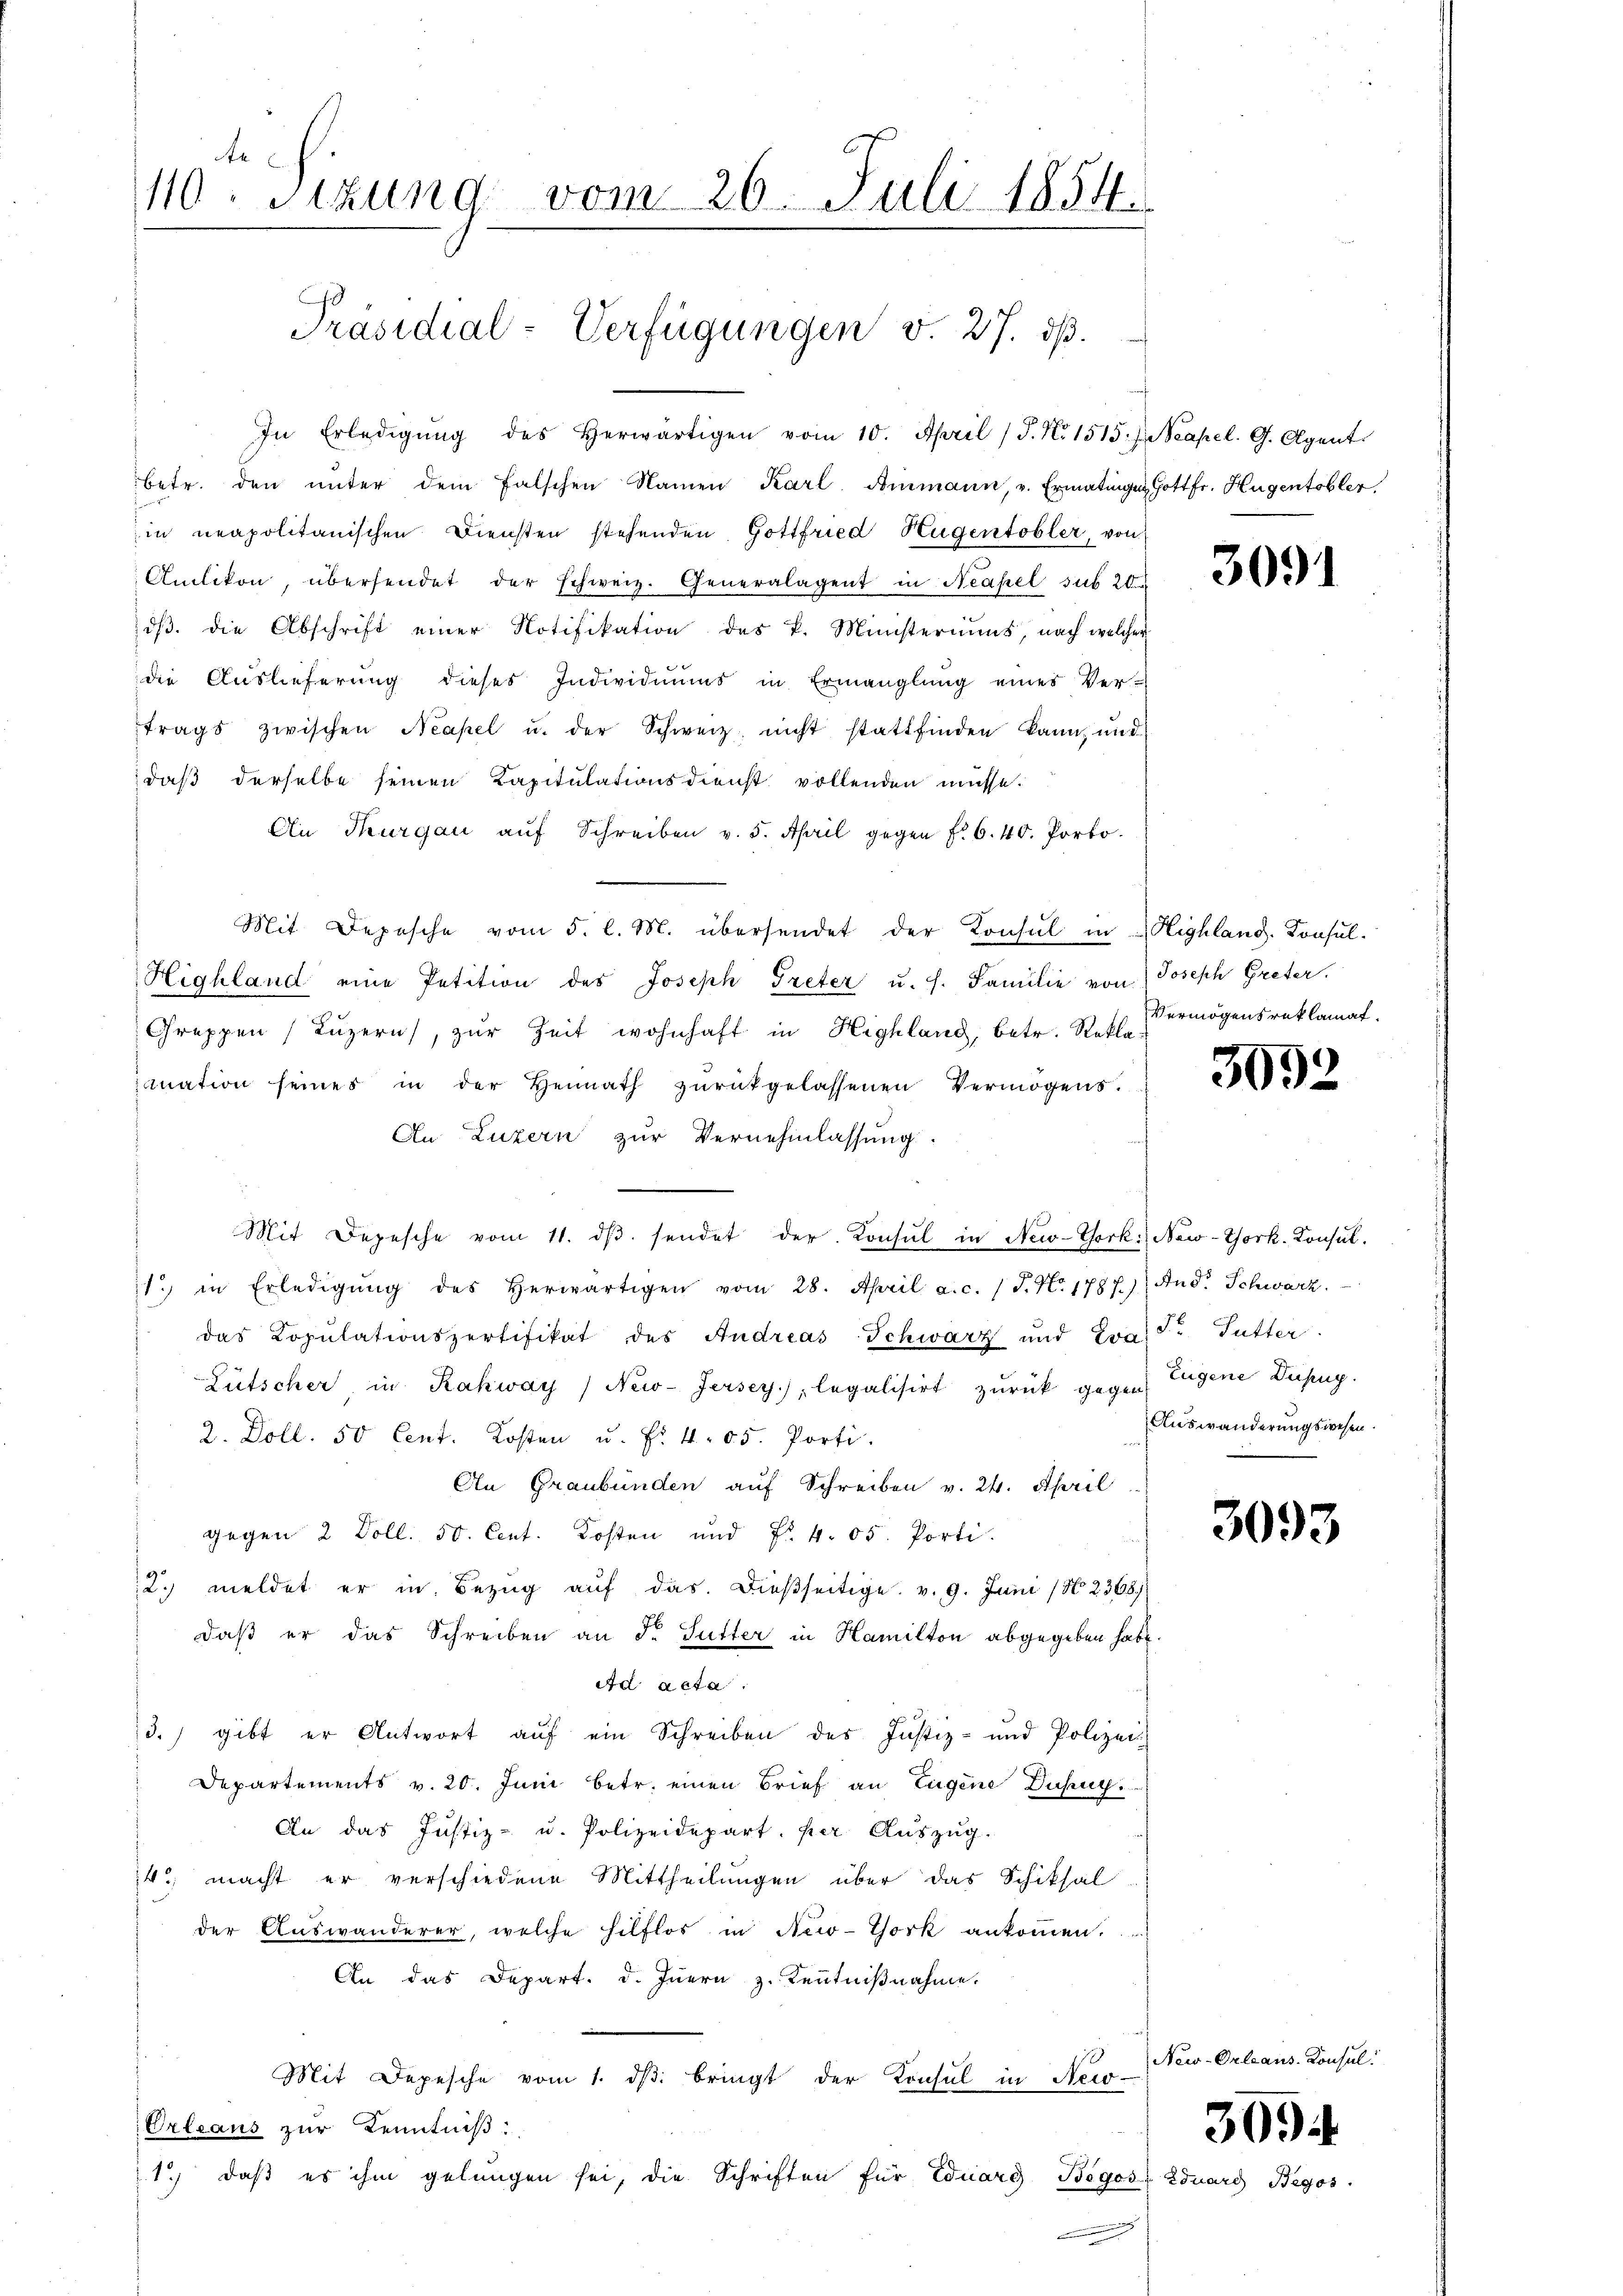
110. Sitzung vom 26. Juli 1854.
Präsidial-Verfügungen v. 27. ds.

In Erledigŭng des herwärtigen vom 10. April (T. N. 1515. J. Neapel. G. Agent
betr. den ŭnter dem falschen Namen Karl Ammann, v. Ermatingen Gottfr. Hugentobler,
in neapolitanischen Diensten stehenden Gottfried Hugentobler, von
Antikon, übersendet der schweiz. Generalagent in Neapel sub 20
dβ. die Abschrift einer Notifikation des k. Ministeriums, nach welcher
die Auslieferung dieses Individuums in Ermanglung eines Ver-
trags zwischen Neapel u. der Schweiz nicht stattfinden kann, und
daß derselbe seinen Kapitulationsdienst vollenden müsse.
An Thurgau aŭf Schreiben v. 5. April gegen fr. 6. 40. Porto.
Mit Depesche vom 5. l. M. übersendet der Konsul in Highland. Konsul¬
Highland eine Petition des Joseph Treter u. s. Familie von Joseph Greter.
Greppen (Luzern, zŭr Zeit wohnhaft in Highland, betr. Reklamation seines in der Heimath zŭrückgelassenen Vermögens.
An Luzern zur Vernehmlassung.
Mit Depesche vom 11. dβ. sendet der Konsul in New-York New-York-Konsul-
11. in Erledigŭng des herwärtigen vom 28. April a.c. (T. N. 1787.) And. Schwarz.
das Copŭlationspertifikat des Andreas Schwarz und Tra. Fr. Gutter
Lütscher in Kahway / New-Jersey), legalisirt zurück gegen Eugene Deszug.
2. Doll. 50 Cent. Kosten u. f. 405. Porti
An Graubünden auf Schreiben v. 24. April
gegen 2 Doll. 50. Cent. Kosten und No. 4. 05. Porti
2. meldet er in Bezug auf das. Dießseitige. v. 9. Juni /2368)
daß er das Schreiben an Fr. Sutter in Hamilton abgegeben habe
Ad acta.
3.) gibt er Antwort auf ein Schreiben des Justiz- und Polizei-
Departements v. 20. Juni betr. einen Brief an Eugene Dusen
An das Justiz- u. Polizeidepart. Der Aŭszŭg.
14. macht er verschiedene Mittheilungen über das Schiksal
der Auswanderer, welche hilflos in New-York ankommen.
An das Depart. d. Innern z. Kenntnißnahme.
Mit Depesche vom 1. dβ bringt der Konsul in New-
Orleans zŭr Kenntniβ:
1) daß es ihm gelungen sei, die Schriften für Eduard Bögos 25

New-Orle

3091

Vermögensreklamat.

3092

Auswanderungswesen.

3093

309.

B. Konsul